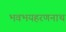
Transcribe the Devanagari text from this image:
भवभयहरणनाथ